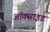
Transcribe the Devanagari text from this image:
अॉक्साइड